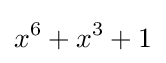
x^{6}+x^{3}+1